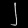
Digit: ၂